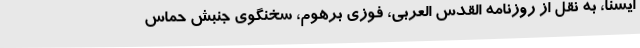
ایسنا، به نقل از روزنامه القدس العربی، فوزی برهوم، سخنگوی جنبش حماس